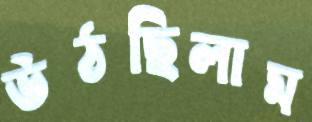
উঠছিলাম